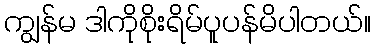
ကျွန်မ ဒါကိုစိုးရိမ်ပူပန်မိပါတယ်။